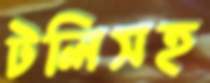
টলিসহ